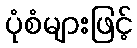
ပုံစံများဖြင့်